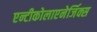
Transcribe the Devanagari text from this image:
एन्टीकोलाएनेर्जिक्स